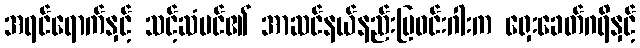
အရင်ရောက်နှင့် သင့်ဆံပင်၏ အာဆင်နယ်နည်းပြဝင်းဂါးက ရှေးခေတ်ဂရိနှင့်